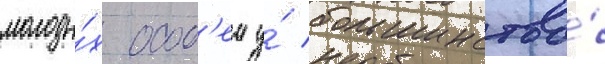
молоды́х особ'еи у́ большинства́